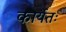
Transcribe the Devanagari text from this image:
कार्यतः